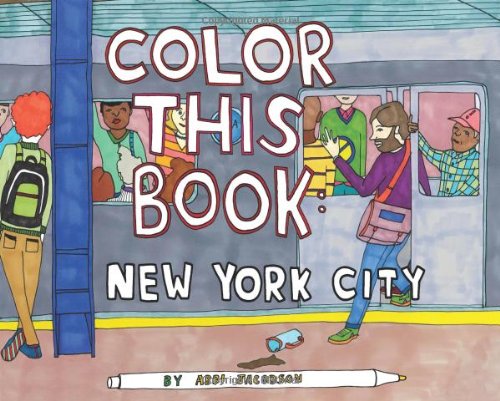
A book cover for Color this Book: New York City; Abbi Jacobson; Travel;